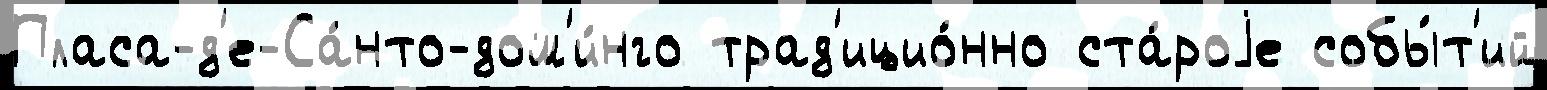
Пласа-д'е-Са́нто-дом'и́нго трад'ицио́нно ста́роjе собы́т'ий